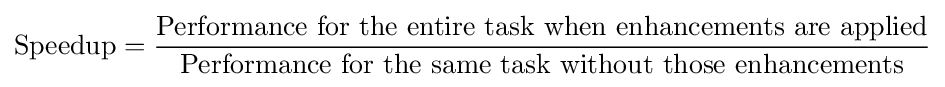
{\text{Speedup}}={\frac {\text{Performance for the entire task when enhancements are applied}}{\text{Performance for the same task without those enhancements}}}